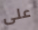
على